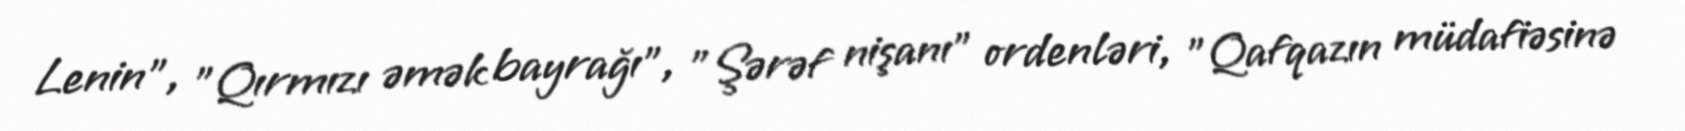
Lenin", "Qırmızı əmək bayrağı", "Şərəf nişanı" ordenləri, "Qafqazın müdafiəsinə